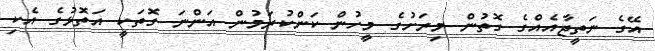
އޭގެ ނަތީޖާއެއްގެ ގޮތުން މިރަށުގެ މީހުން ކަންކުރަމުން އަންނަ ގޮތަކީ އަތޮޅުގެ އެކި